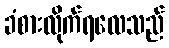
ခံစားလိုက်ရလေသည်